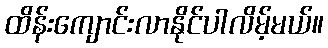
ထိန်းကျောင်းလာနိုင်ပါလိမ့်မယ်။